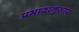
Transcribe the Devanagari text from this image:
प्रभावानुसार